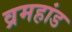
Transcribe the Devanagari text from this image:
व्रमहांड